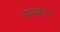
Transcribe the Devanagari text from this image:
सखान